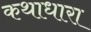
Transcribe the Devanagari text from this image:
कथाधारा